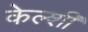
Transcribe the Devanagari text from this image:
केल्शी